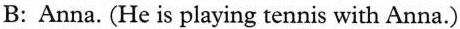
B: Anna. (He is playing tennis with Anna.)